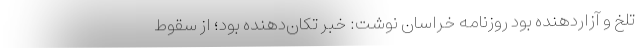
تلخ و آزاردهنده بود روزنامه خراسان نوشت: خبر تکان‌دهنده بود؛ از سقوط